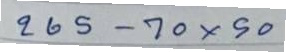
265 - 70x50